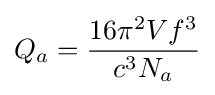
Q_{a}={\frac {16\pi ^{2}Vf^{3}}{c^{3}N_{a}}}